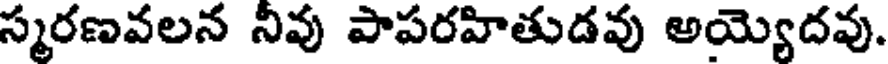
స్మరణవలన నివు పాపరహితుడవు అయ్యెదవు.